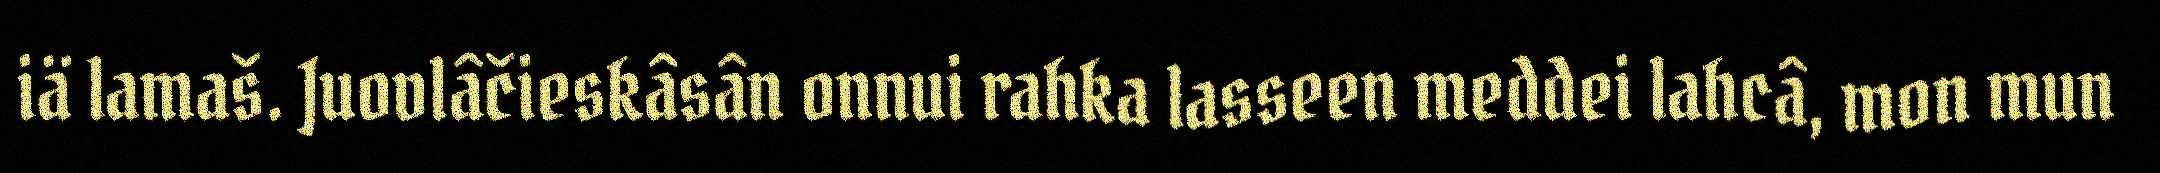
iä lamaš. Juovlâčieskâsân onnui rahka lasseen meddei lahcâ, mon mun